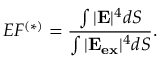
E F ^ { ( * ) } = \frac { \int | \mathbf { E } | ^ { 4 } d S } { \int | \mathbf { E _ { e x } } | ^ { 4 } d S } .